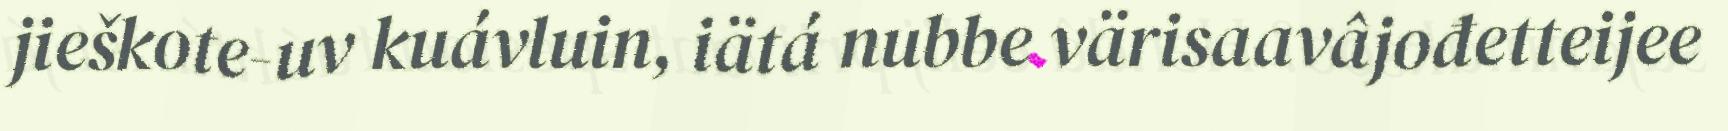
jieškote-uv kuávluin, iätá nubbe värisaavâjođetteijee